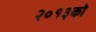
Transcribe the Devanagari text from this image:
२०१३को